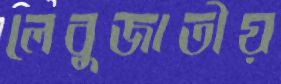
লেবুজাতীয়